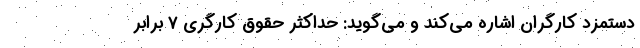
دستمزد کارگران اشاره می‌کند و می‌گوید: حداکثر حقوق کارگری ۷ برابر